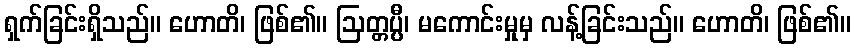
ရှက်ခြင်းရှိသည်။ ဟောတိ၊ ဖြစ်၏။ ဩတ္တပ္ပီ၊ မကောင်းမှုမှ လန့်ခြင်းသည်။ ဟောတိ၊ ဖြစ်၏။